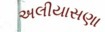
અલીયાસણા